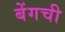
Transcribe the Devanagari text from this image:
बेंगची